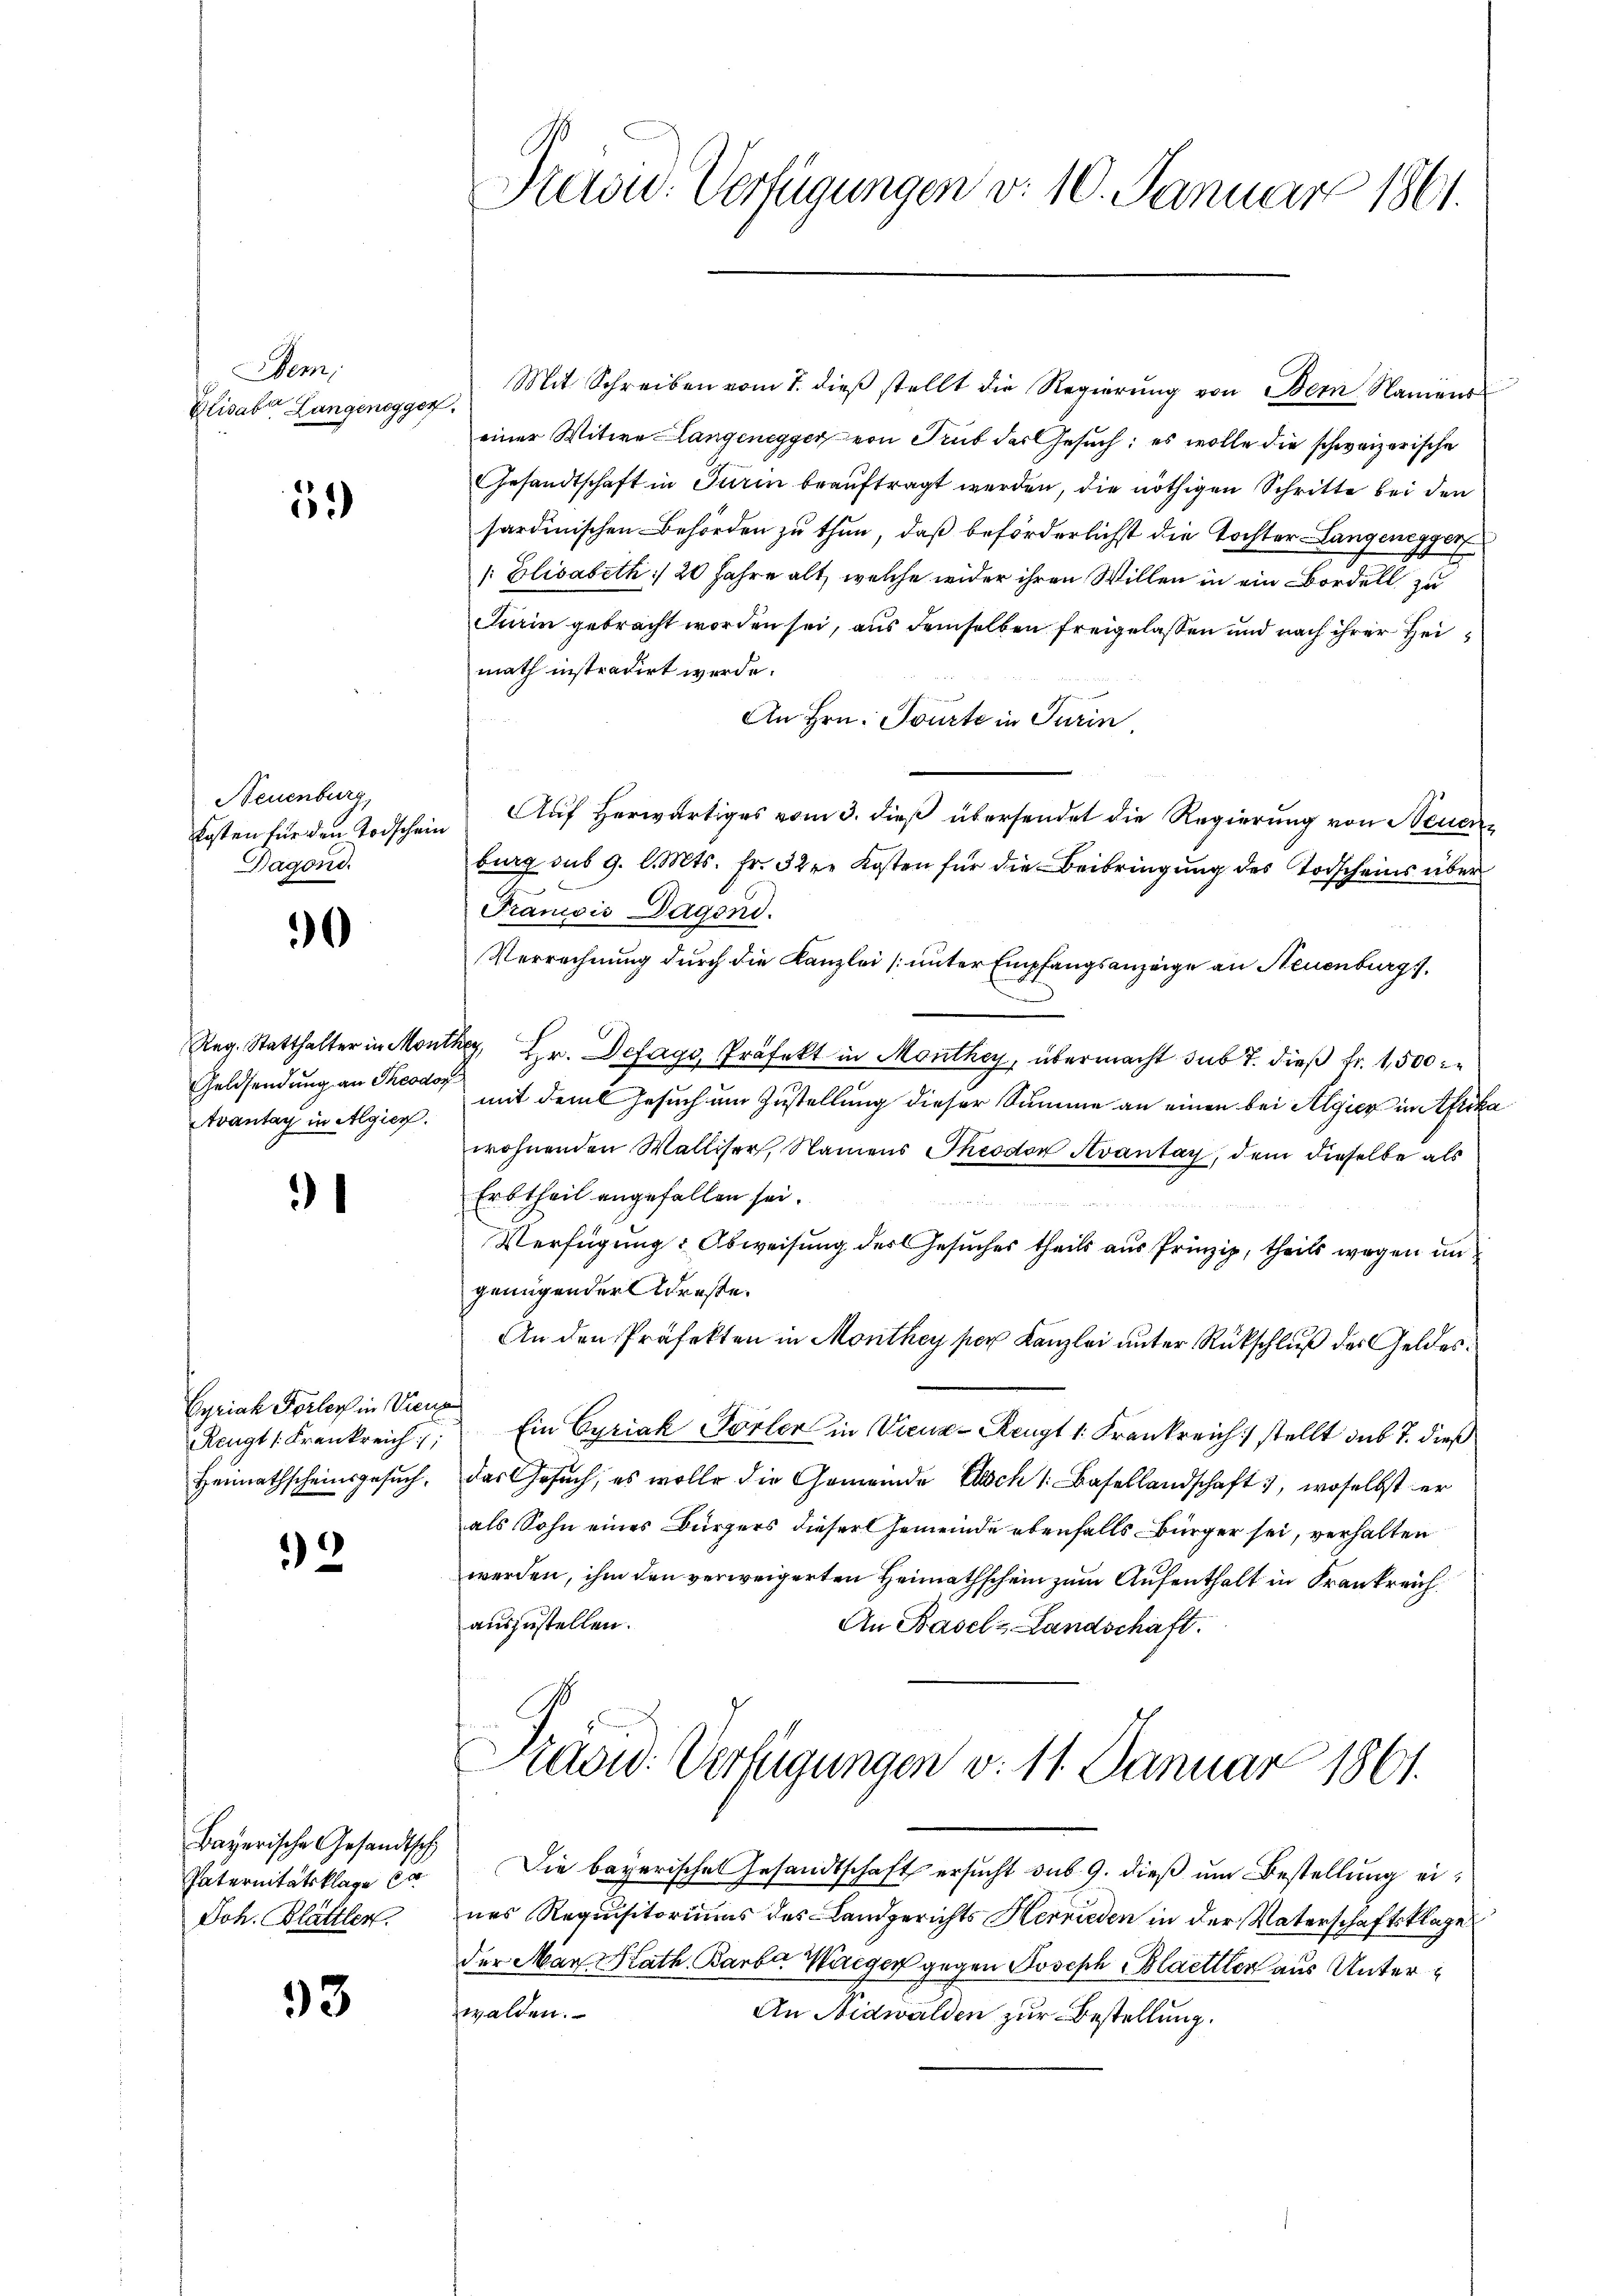
Wenn
Elisaber Langenegger.

5

Neuenburg,
Dagond.

0

Geldsendung an Theodor
Avantag in Algier

3

2

Bayerische Gesandtsch
Paternitätsklage a
Joh. Blättler

33

Eyriah Porloch in Vie

Prewid. Verfügungen d. 10. Januar 1861.

Mit Schreiben vom 7. dieβ stellt die Regierŭng von Bern, Namens
einer Witwe Langenegger von Trub der Gesuch; es wolle die schweizerische
Gesandtschaft in Turin beauftragt werden, die nöthigen Schritte bei den
sardinischen Behörden zu thun, daß beförderlichst die Tochter-Langenegger
 Elisabeth :/ 20 Jahre alt, welche wider ihren Willen in ein Bordell zu
Firin gebracht worden sei, aus demselben freigelassen und nach ihrer Heimath instradirt werde.
An Hrn. Tourte in Turin
kosten für den Todschein Auf herwärtiges vom 3. dieß übersendet die Regierung von Neuenburg sub 9. l. Mts. fr. 32 re Kosten für die Beibringung des Todscheins über
Traniis Dagond.
Verrechnung durch die Kanzlei [unter Empfangsanzeige an Neuenburg s.
Reg. Statthalter in Monther, Hr. Defagy, Präfekt in Monthey, übermacht sub 7. dieß fr. 1,500
mit dem Gesuch um Zustellung dieser Summe an einen bei Algier in Afrika
wohnenden Walliser, Namens Theodor Avantag, dem dieselbe als
Erbtheil angefallen sei.

Verfügung: Abweisung des Gesuches theils aus Prinzip, theils wegen un
genügender Adreste.
An den Präfekten in Monthey per Kanzlei unter Rückschluß des Geldes¬
Rengt (Frankreich Ein Cyriak Torter in Vienz-Rengt 1. Frankreich stellt sub 7. dieß
Heimathscheinsgesŭch, das Gesŭch, es wolle die Gemeinde Esch /: Basellandschaft, woselbst er
als Sohn eines Bürgers dieser Gemeinde ebenfalls Bürger sei, verhalten
werden, ihm den verweigerten Heimathschein zum Aufenthalt in Frankreich
auszustellen.
An Basel-Landschaft.
Präsid. Verfügungen v. 11. Januar 1861.
Die bayerisches Gesandtschaft ersucht sub 9. dieß um Bestellung eines Requisitoriums des Landgerichts Herrieden in der Vaterschaftsklage
der Mar Kath. Barber Waeger gegen Joseph Blaettler aus Unterwalden.
An Nidwalden zur Bestellung.